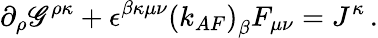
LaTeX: \partial_{\rho}\mathscr{G}^{\rho\kappa}+\epsilon^{\beta\kappa\mu\nu}\left(k_{AF}\right)_{\beta}F_{\mu\nu}=J^{\kappa}\, .